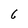
Character: 6